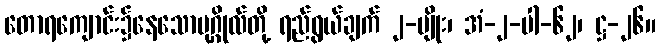
တောရကျောင်း၌နေသောပုဂ္ဂိုလ်တို့ ရည်ရွယ်ချက် ၂-မျိုး၊ အံ-၂-ပါ-၆၂၊ ဋ္ဌ-၂၆။